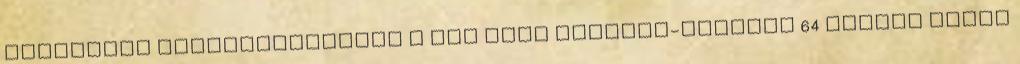
olcsóbban implementálható ● Nem kell reverse-mapping 64 Juhász Dávid